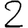
Digit: 2